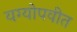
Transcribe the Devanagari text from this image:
यग्योपवीत